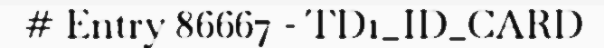
# Entry 86667 - TD1_ID_CARD